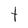
Character: t